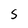
Character: S